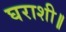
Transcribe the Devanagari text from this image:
घराशी॥